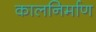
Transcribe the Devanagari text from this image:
कालनिर्माण